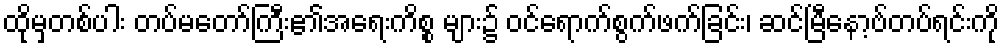
ထိုမှတစ်ပါး တပ်မတော်ကြီး၏အရေးကိစ္စ များ၌ ဝင်ရောက်စွက်ဖက်ခြင်း၊ ဆင်မြီနော့ဗ်တပ်ရင်းကို